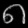
Digit: ၈